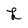
Character: L